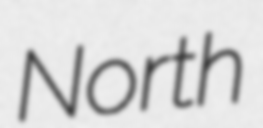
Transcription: North